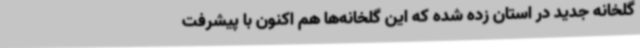
گلخانه جدید در استان زده شده که این گلخانه‌ها هم اکنون با پیشرفت